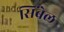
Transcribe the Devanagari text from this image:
सिंबेल